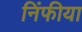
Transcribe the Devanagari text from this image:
निंफीया